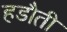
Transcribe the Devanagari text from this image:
हडौती